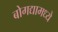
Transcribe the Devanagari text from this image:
बोगद्यामध्ये